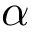
\alpha